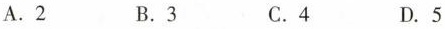
A.2 B.3 C.4 D.5